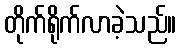
တိုက်ရိုက်လာခဲ့သည်။